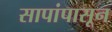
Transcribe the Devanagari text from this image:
सापांपासून